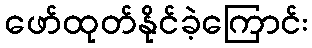
ဖော်ထုတ်နိုင်ခဲ့ကြောင်း